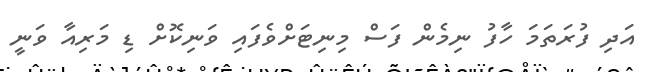
އަދި ފުރަތަމަ ހާފު ނިމެން ފަސް މިނިޓަށްވެފައި ވަނިކޮށް ޑި މަރިއާ ވަނީ